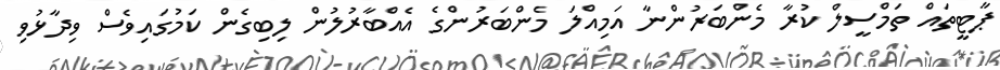
ޕާޓީތައް ތަމްސީލް ކުރާ މެންބަރުންނާ އަމިއްލަ މެންބަރުންގެ އެއްބާރުލުން ލިބިގެން ކަމުގައިވެސް ވިދާޅުވި